Annual report of the Punjab Veterinary College and of the Civil Veterinary Department, Punjab - 1894-1908
Year: 1894
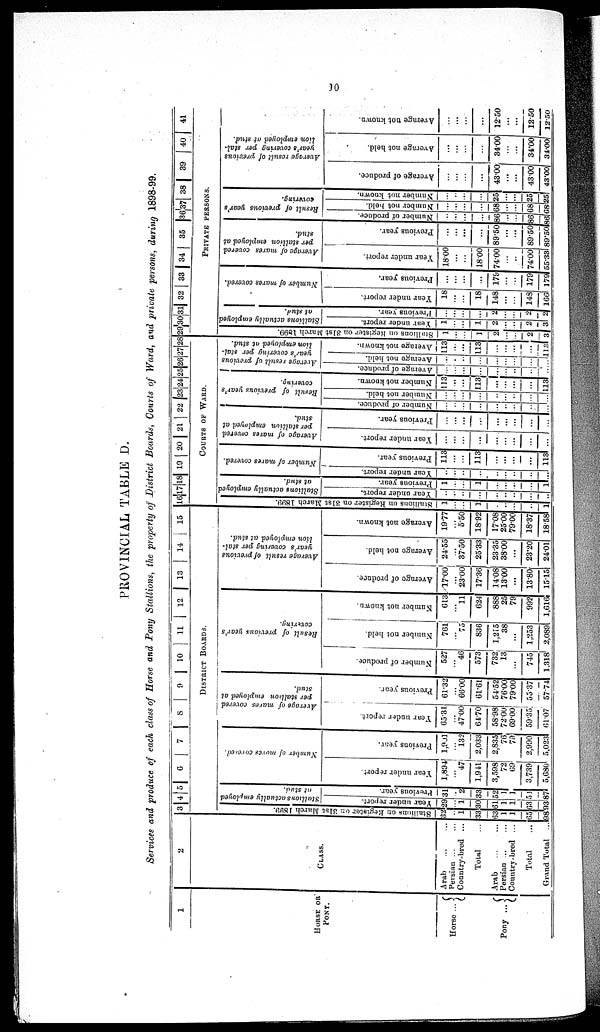
30
PROVINCIAL TABLE D.
Services and produce of each class of Horse and Pony Stallions, the property of District Boards, Courts of Ward, and private persons, during 1898-99.
1
HORSE OR
PONY.
Horse ...
Pony ...
2
CLASS.
Arab ... ...
Persian ... ...
Country-bred ...
Total...
Arab
...
...
Persian ... ...
Country -bred ...
Total...
Grand Total...
3
4 5 6 7 8 9 10 11 12 13 14 15
DISTRICT BOARDS.
Stallions on Register on 31st March 1899.
32
...
1
33
63
1
1
85
98
Stallions actually employed
at Stud.
Year under report.
29
... 1
30
61
1
1
63
93
Previous year.
31
..
2
33
52
1
1
54
87
Number of mares covered.
Year under report.
1,894
... 47
1,941
3,598
72
69
3,739
5,680
Previous year.
1,901
... 132
2,033
2,835
76
79
2,990
5,023
Average of mares covered
per stallion employed at
stud.
Year under report.
65.31
...
47.00
64.70
58.98
72.00
69.00
59.35
61 .07
Previous year.
61.32
...
66.00
61.61
54.52
76.00
79.00
55.37
57.74
Result
of previous year's
covering.
Number of produce.
527
... 46
573
732
13
...
745
1,318
Number not held.
761
...
75
836
1,215
38
...
1,253
2,089
Number not known.
613
...
11
624
888
25
79
992
1,616
Average result of previous
year's covering per stal-
lion employed at stud.
Average of produce.
17.00
23.00
17.36
14.08
13.00
...
13.80
15.15
Average not held.
24.55
...
37.50
25.33
23.35
38.00
...
23.20
24.01
Average not known.
19.77
... 5.50
18.92
17.08
25.00
79.00
18.37
18.58
16 17 18 19 20 21 22 23 24 25 26 27 28
COURTS OF WARD.
Stallions on Register on 31 st March 1899.
1
...
...
1
...
...
...
...
1
Stallions actually employed
at stud.
Year under report.
....
...
...
...
...
...
...
...
...
Previous year.
1
...
...
1
...
...
...
...
1
Number of mares covered.
Year under report.
...
...
...
...
...
...
...
...
...
Previous year.
113
...
...
113
...
...
...
...
113
Average of mares covered
per stallion employed at
stud.
Year under report.
...
...
...
...
...
...
...
...
...
Previous year.
...
...
...
...
...
...
...
...
...
Result
of previous year's
covering.
Number of produce.
...
...
...
...
...
...
...
...
...
Number not held.
...
...
...
...
...
...
...
...
...
Number not known.
113
...
...
113
...
...
...
...
113
Average result of previous
year's covering per stal-
lion employed at stud.
Average of produce.
...
...
...
...
....
...
...
...
...
Average not held.
...
...
...
...
...
...
...
...
...
Ave r
a ge not k n o wn .
113
...
...
113
...
...
...
...
113
29 30 31 32 33 34 35 36 37 38 39 40
41
PRIVATE PERSONS.
Stallions on Register on 31st March 1899.
1
...
...
1
2
...
...
2
3
Stallions actually employed
at stud.
Year under report.
1
...
...
1
2
...
...
2
3
Previous
year.
...
...
...
...
2
...
...
2
2
Number of mares covered.
Year under report.
18
...
...
18
148
...
...
148
166
Previous
year.
...
...
..
..
179
...
...
179
179
Average of mares covered
per stallion employed at
stud.
Year under report.
18.00
...
...
18.00
74.00
...
...
74.00
55.33
Previous
year.
...
...
89.50
...
...
89.50
89.50
Result of previous year's
covering.
Number of produce.
...
...
...
86
...
...
86
86
Number not held.
...
...
...
68
...
...
68
68
Number not known.
...
...
...
...
25
...
...
25
25
Average result of previous
year's covering per stal-
lion employed at stud.
Average of produce.
...
43.00
...
43.00
43.00
Average not held.
...
...
...
...
34.00
...
...
34.00
34.00
Average not known.
...
...
...
...
...
...
...
...
12.50
...
...
...
...
12.50
12.50